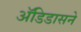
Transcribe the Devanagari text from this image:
अॅडिडासने